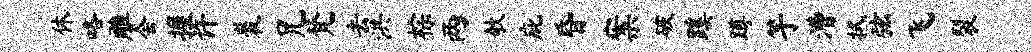
休咯雕会握许裘兄梵去洪棕两欹庇昏案破蹊蹲竽漕拭弦飞裂